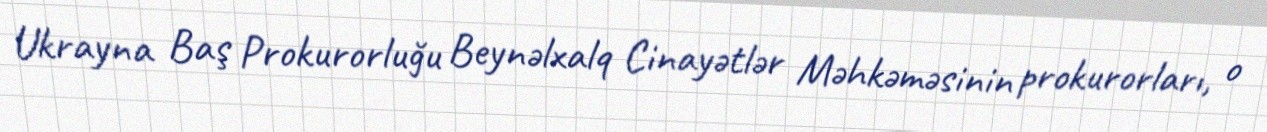
Ukrayna Baş Prokurorluğu Beynəlxalq Cinayətlər Məhkəməsinin prokurorları, o